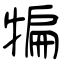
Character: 犏